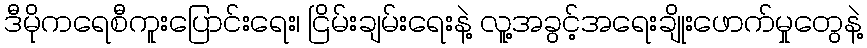
ဒီမိုကရေစီကူးပြောင်းရေး၊ ငြိမ်းချမ်းရေးနဲ့ လူ့အခွင့်အရေးချိုးဖောက်မှုတွေနဲ့